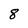
Character: 8